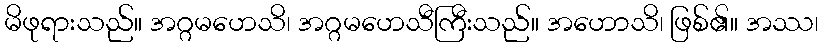
မိဖုရားသည်။ အဂ္ဂမဟေသိ၊ အဂ္ဂမဟေသီကြီးသည်။ အဟောသိ၊ ဖြစ်၏။ အဿ၊